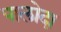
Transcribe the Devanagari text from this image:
पालोदा